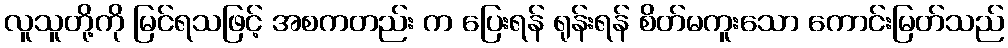
လူသူတို့ကို မြင်ရသဖြင့် အစကတည်း က ပြေးရန် ရုန်းရန် စိတ်မကူးသော ကောင်းမြတ်သည်